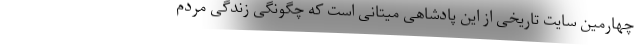
چهارمین سایت تاریخی از این پادشاهی میتانی است که چگونگی زندگی مردم